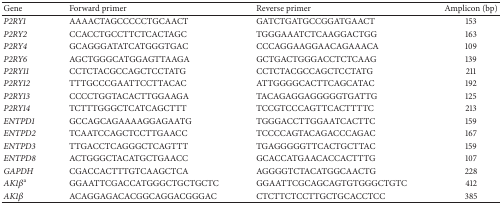
| Gene | Forward primer | Reverse primer | Amplicon (bp) |
 | --- | --- | --- | --- |
 | P2RY1 | AAAACTAGCCCCCTGCAACT | GATCTGATGCCGGATGAACT | 153 |
 | P2RY2 | CCACCTGCCTTCTCACTAGC | TGGGAAATCTCAAGGACTGG | 163 |
 | P2RY4 | GCAGGGATATCATGGGTGAC | CCCAGGAAGGAACAGAAACA | 109 |
 | P2RY6 | AGCTGGGCATGGAGTTAAGA | GCTGACTGGGACCTCTCAAG | 139 |
 | P2RY11 | CCTCTACGCCAGCTCCTATG | CCTCTACGCCAGCTCCTATG | 211 |
 | P2RY12 | TTTGCCCGAATTCCTTACAC | ATTGGGGCACTTCAGCATAC | 192 |
 | P2RY13 | CCCCTGGTACACTTGGAAGA | TACAGAGGAGGGGGTGATTG | 125 |
 | P2RY14 | TCTTTGGGCTCATCAGCTTT | TCCGTCCCAGTTCACTTTTC | 213 |
 | ENTPD1 | GCCAGCAGAAAAGGAGAATG | TGGGACCTTGGAATCACTTC | 159 |
 | ENTPD2 | TCAATCCAGCTCCTTGAACC | TCCCCAGTACAGACCCAGAC | 167 |
 | ENTPD3 | TTGACCTCAGGGCTCAGTTT | TGAGGGGGTTCACTGCTTAC | 159 |
 | ENTPD8 | ACTGGGCTACATGCTGAACC | GCACCATGAACACCACTTTG | 107 |
 | GAPDH | CGACCACTTTGTCAAGCTCA | AGGGGTCTACATGGCAACTG | 228 |
 | AK1βa | GGAATTCGACCATGGGCTGCTGCTC | GGAATTCGCAGCAGTGTGGGCTGTC | 412 |
 | AK1β | ACAGGAGACACGGCAGGACGGGAC | CTCTTCTCCTTGCTGCACCTCC | 385 |